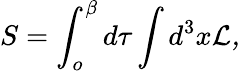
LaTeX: S=\int_{o}^{\beta}d\tau\int d^{3}x\cal{L},